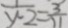
\frac { 1 } { y - 2 } = \frac { 3 } { 2 1 }